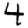
Digit: 4